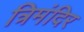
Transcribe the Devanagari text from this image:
त्रिमंदिर